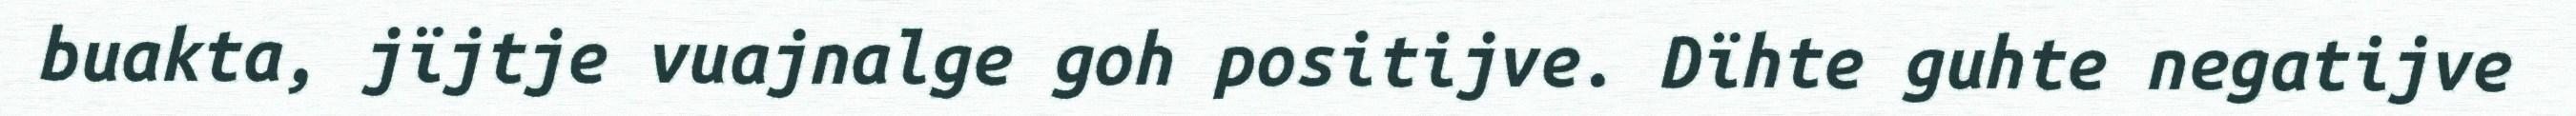
buakta, jïjtje vuajnalge goh positijve. Dïhte guhte negatijve